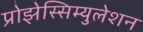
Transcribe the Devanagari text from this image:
प्रोझेस्सिम्युलेशन